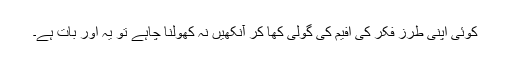
کوئی اپنی طرزِ فکر کی افیم کی گولی کھا کر آنکھیں نہ کھولنا چاہے تو یہ اور بات ہے۔